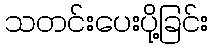
သတင်းပေးပို့ခြင်း